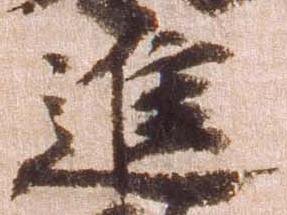
進